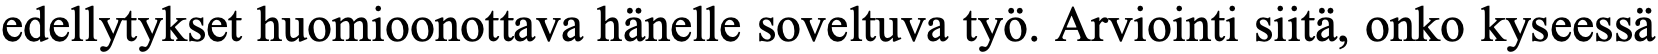
edellytykset huomioonottava hänelle soveltuva työ. Arviointi siitä, onko kyseessä